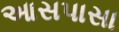
આસપાસા